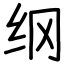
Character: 纲